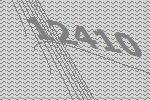
12410